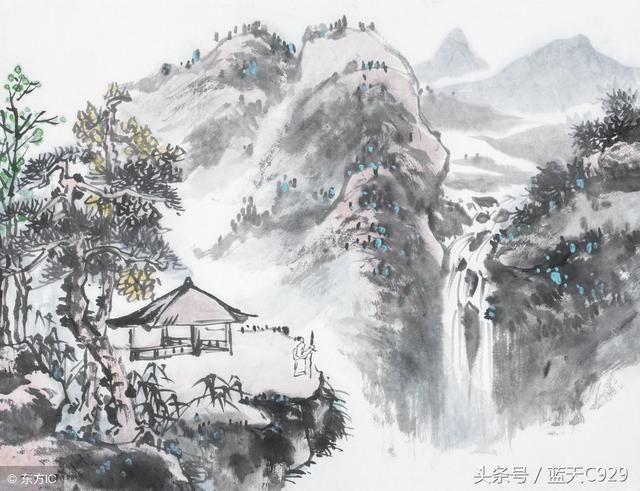
昨夜星辰昨夜风，画楼西畔桂堂东。